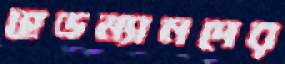
হেডম্যানদের